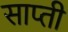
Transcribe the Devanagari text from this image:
साप्ती